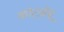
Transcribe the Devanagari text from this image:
कोटझेबू